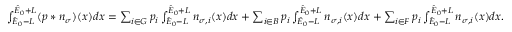
\begin{array} { r } { \int _ { \hat { E } _ { 0 } - L } ^ { \hat { E } _ { 0 } + L } ( p \ast n _ { \sigma } ) ( x ) d x = \sum _ { i \in G } p _ { i } \int _ { \hat { E } _ { 0 } - L } ^ { \hat { E } _ { 0 } + L } n _ { \sigma , i } ( x ) d x + \sum _ { i \in B } p _ { i } \int _ { \hat { E } _ { 0 } - L } ^ { \hat { E } _ { 0 } + L } n _ { \sigma , i } ( x ) d x + \sum _ { i \in F } p _ { i } \int _ { \hat { E } _ { 0 } - L } ^ { \hat { E } _ { 0 } + L } n _ { \sigma , i } ( x ) d x . } \end{array}